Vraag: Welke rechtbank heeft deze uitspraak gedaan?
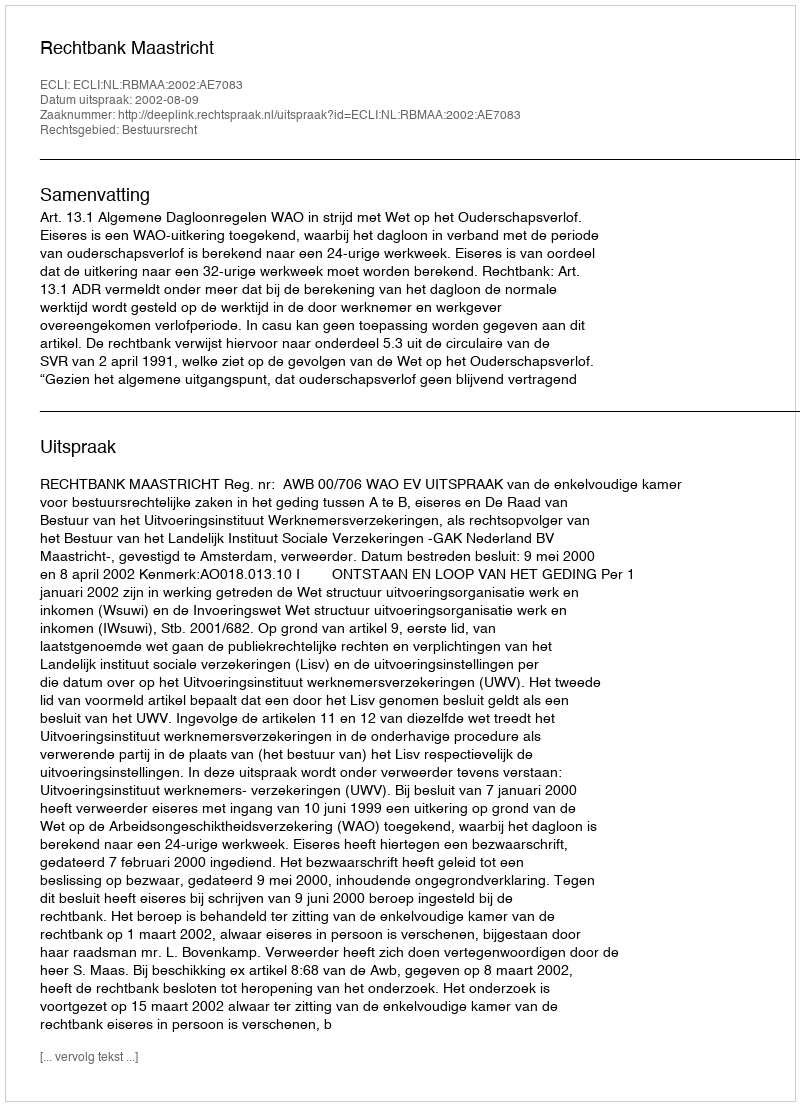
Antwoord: Rechtbank Maastricht